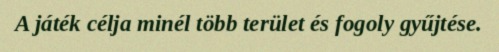
A játék célja minél több terület és fogoly gyűjtése.